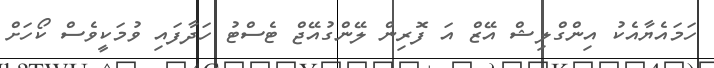
ހަމައެޔާއެކު އިންގްލިޝް އޭޒް އަ ފޮރިން ލޭންގުއޭޖް ޓެސްޓު ހަދާފައި ވުމަކީވެސް ކޯހަށް